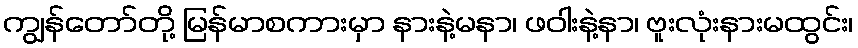
ကျွန်တော်တို့ မြန်မာစကားမှာ နားနဲ့မနာ၊ ဖဝါးနဲ့နာ၊ ဗူးလုံးနားမထွင်း၊